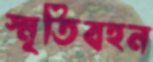
স্মৃতিবহন